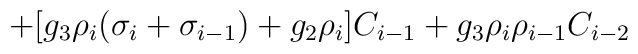
+ [g_3 \rho _i (\sigma _i+\sigma _{i-1})+g_2 \rho _i] C_{i-1} +g_3 \rho _i \rho _{i-1}C_{i-2}